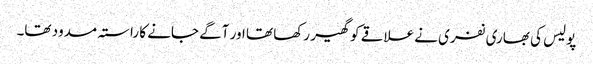
پولیس کی بھاری نفری نے علاقے کو گھیر رکھا تھا اور آگے جانے کا راستہ مسدود تھا۔